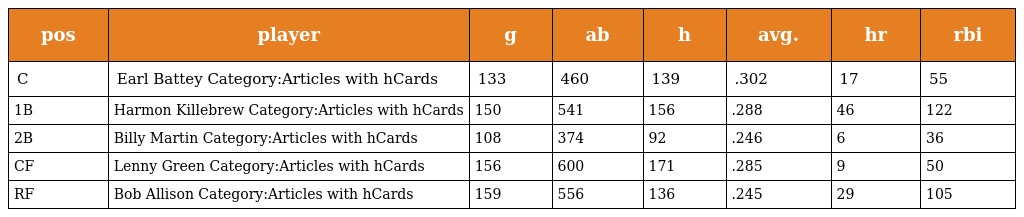
| pos | player | g | ab | h | avg. | hr | rbi |
 | --- | --- | --- | --- | --- | --- | --- | --- |
 | C | Earl Battey Category:Articles with hCards | 133 | 460 | 139 | .302 | 17 | 55 |
 | 1B | Harmon Killebrew Category:Articles with hCards | 150 | 541 | 156 | .288 | 46 | 122 |
 | 2B | Billy Martin Category:Articles with hCards | 108 | 374 | 92 | .246 | 6 | 36 |
 | CF | Lenny Green Category:Articles with hCards | 156 | 600 | 171 | .285 | 9 | 50 |
 | RF | Bob Allison Category:Articles with hCards | 159 | 556 | 136 | .245 | 29 | 105 |